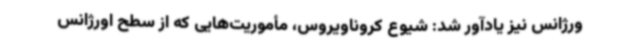
ورژانس نیز یادآور شد: شیوع کروناویروس، مأموریت‌هایی که از سطح اورژانس